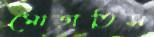
মোড়াতিস